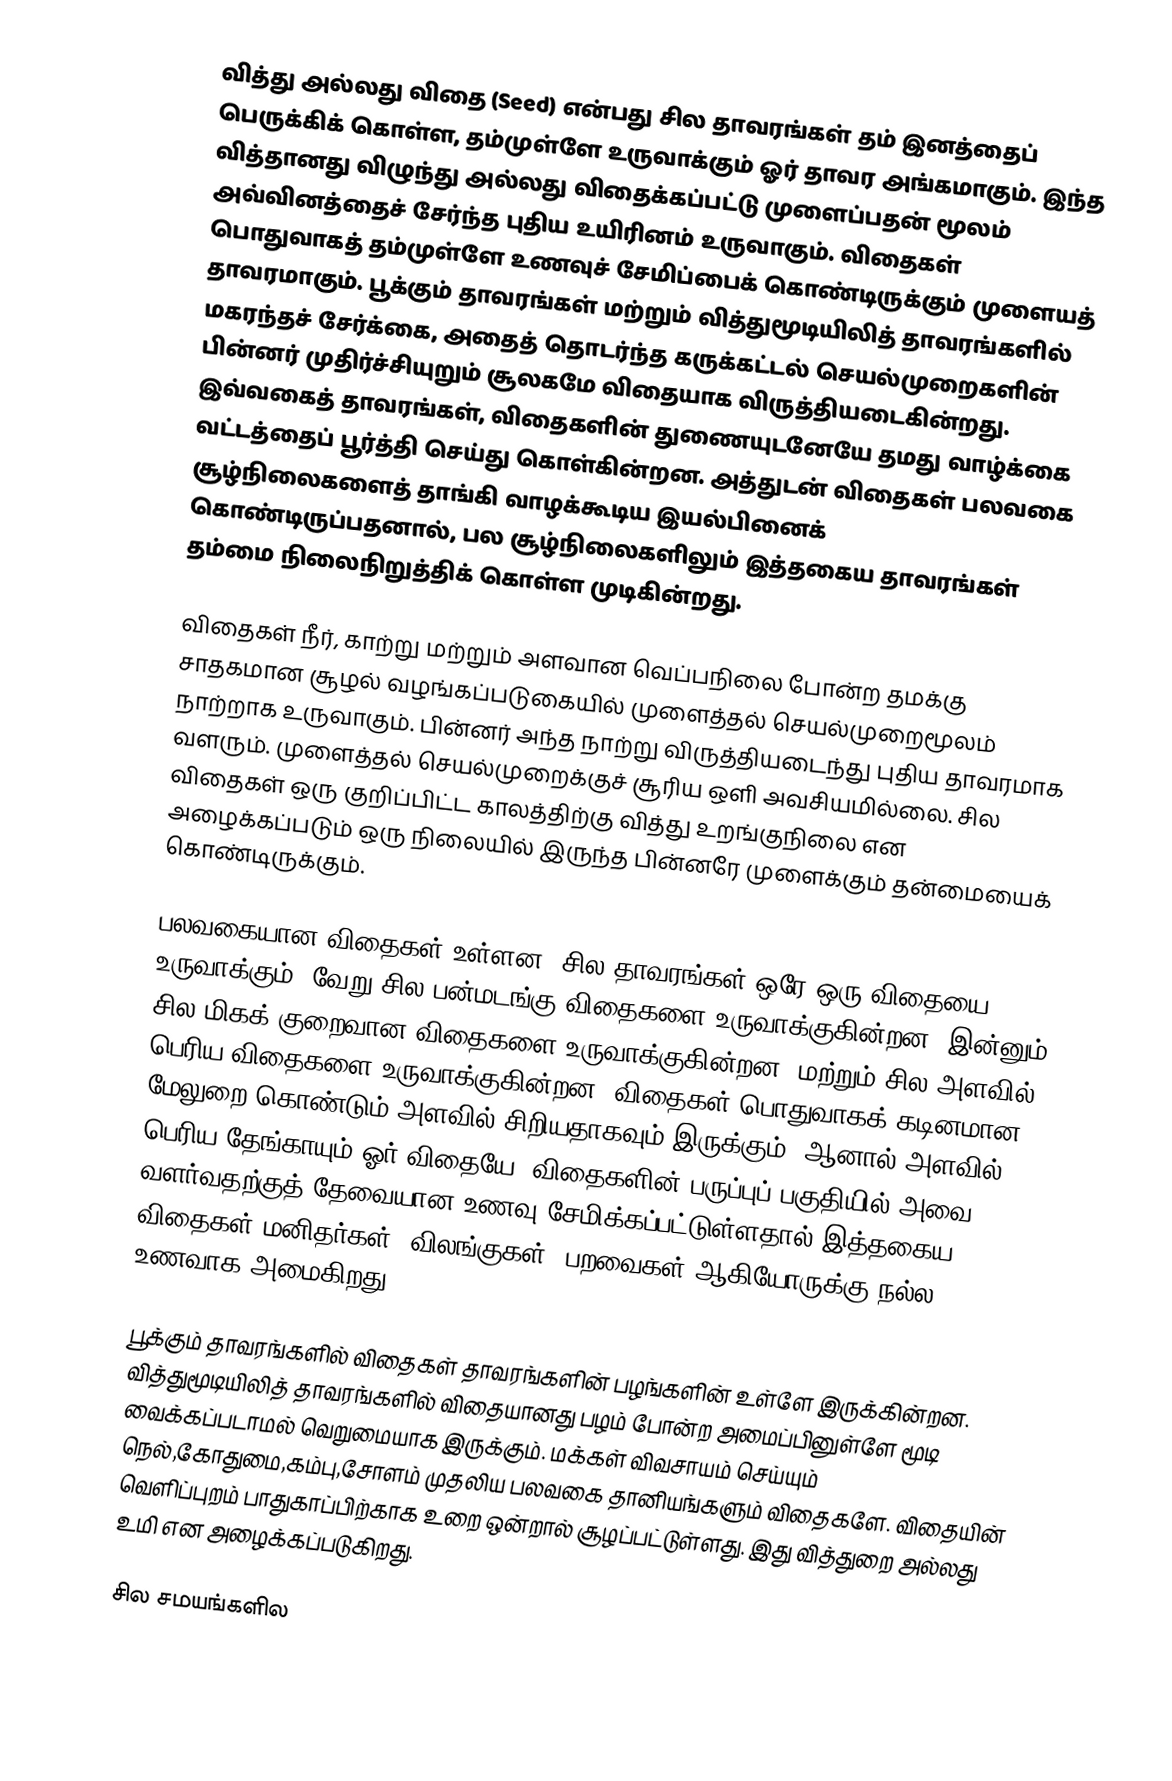
வித்து அல்லது விதை (Seed) என்பது சில தாவரங்கள் தம் இனத்தைப் பெருக்கிக் கொள்ள, தம்முள்ளே உருவாக்கும் ஓர் தாவர அங்கமாகும். இந்த வித்தானது விழுந்து அல்லது விதைக்கப்பட்டு முளைப்பதன் மூலம் அவ்வினத்தைச் சேர்ந்த புதிய உயிரினம் உருவாகும். விதைகள் பொதுவாகத் தம்முள்ளே உணவுச் சேமிப்பைக் கொண்டிருக்கும் முளையத் தாவரமாகும். பூக்கும் தாவரங்கள் மற்றும்  வித்துமூடியிலித் தாவரங்களில் மகரந்தச் சேர்க்கை, அதைத் தொடர்ந்த கருக்கட்டல் செயல்முறைகளின் பின்னர் முதிர்ச்சியுறும் சூலகமே விதையாக விருத்தியடைகின்றது. இவ்வகைத் தாவரங்கள், விதைகளின் துணையுடனேயே தமது வாழ்க்கை வட்டத்தைப் பூர்த்தி செய்து கொள்கின்றன. அத்துடன் விதைகள் பலவகை சூழ்நிலைகளைத் தாங்கி வாழக்கூடிய இயல்பினைக் கொண்டிருப்பதனால், பல சூழ்நிலைகளிலும் இத்தகைய தாவரங்கள் தம்மை நிலைநிறுத்திக் கொள்ள முடிகின்றது.

விதைகள் நீர், காற்று மற்றும் அளவான வெப்பநிலை போன்ற தமக்கு சாதகமான சூழல் வழங்கப்படுகையில் முளைத்தல் செயல்முறைமூலம் நாற்றாக உருவாகும். பின்னர் அந்த நாற்று விருத்தியடைந்து புதிய தாவரமாக வளரும். முளைத்தல் செயல்முறைக்குச் சூரிய ஒளி அவசியமில்லை. சில விதைகள் ஒரு குறிப்பிட்ட காலத்திற்கு வித்து உறங்குநிலை என அழைக்கப்படும் ஒரு நிலையில் இருந்த பின்னரே முளைக்கும் தன்மையைக் கொண்டிருக்கும்.

பலவகையான விதைகள் உள்ளன. சில தாவரங்கள் ஒரே ஒரு விதையை உருவாக்கும்; வேறு சில பன்மடங்கு விதைகளை உருவாக்குகின்றன; இன்னும் சில மிகக் குறைவான விதைகளை உருவாக்குகின்றன, மற்றும் சில அளவில் பெரிய விதைகளை உருவாக்குகின்றன. விதைகள் பொதுவாகக் கடினமான மேலுறை கொண்டும் அளவில் சிறியதாகவும் இருக்கும். ஆனால் அளவில் பெரிய தேங்காயும் ஓர் விதையே. விதைகளின் பருப்புப் பகுதியில் அவை வளர்வதற்குத் தேவையான உணவு சேமிக்கப்பட்டுள்ளதால் இத்தகைய விதைகள் மனிதர்கள், விலங்குகள், பறவைகள் ஆகியோருக்கு நல்ல உணவாக அமைகிறது.

பூக்கும் தாவரங்களில் விதைகள் தாவரங்களின் பழங்களின் உள்ளே இருக்கின்றன. வித்துமூடியிலித் தாவரங்களில் விதையானது பழம் போன்ற அமைப்பினுள்ளே மூடி வைக்கப்படாமல் வெறுமையாக இருக்கும். மக்கள் விவசாயம் செய்யும் நெல்,கோதுமை,கம்பு,சோளம் முதலிய பலவகை தானியங்களும் விதைகளே. விதையின் வெளிப்புறம் பாதுகாப்பிற்காக உறை ஒன்றால் சூழப்பட்டுள்ளது. இது வித்துறை அல்லது உமி என அழைக்கப்படுகிறது.

சில சமயங்களில